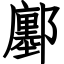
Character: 鄽